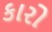
કારો